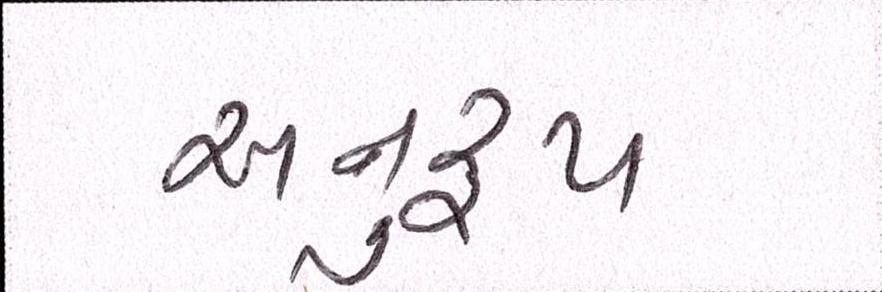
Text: અનુરૃપ